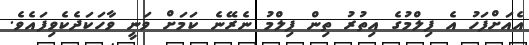
އެއަށްފަހު އެ ފިލްމުގެ އިތުރު ތިން ފިލްމު ނެރޭނެ ކަމަށް ވަނީ ވާހަކަދެކެވިފައެވެ.